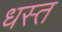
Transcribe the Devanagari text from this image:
धस्त